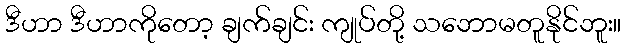
ဒီဟာ ဒီဟာကိုတော့ ချက်ချင်း ကျုပ်တို့ သဘောမတူနိုင်ဘူး။